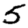
Digit: 5